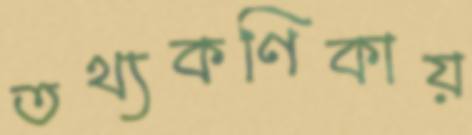
তথ্যকণিকায়